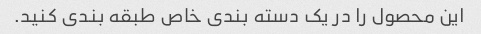
این محصول را در یک دسته بندی خاص طبقه بندی کنید.